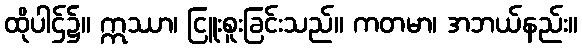
ထိုပါဌ်၌။ ဣဿာ၊ ငြူးစူးခြင်းသည်။ ကတမာ၊ အဘယ်နည်း။